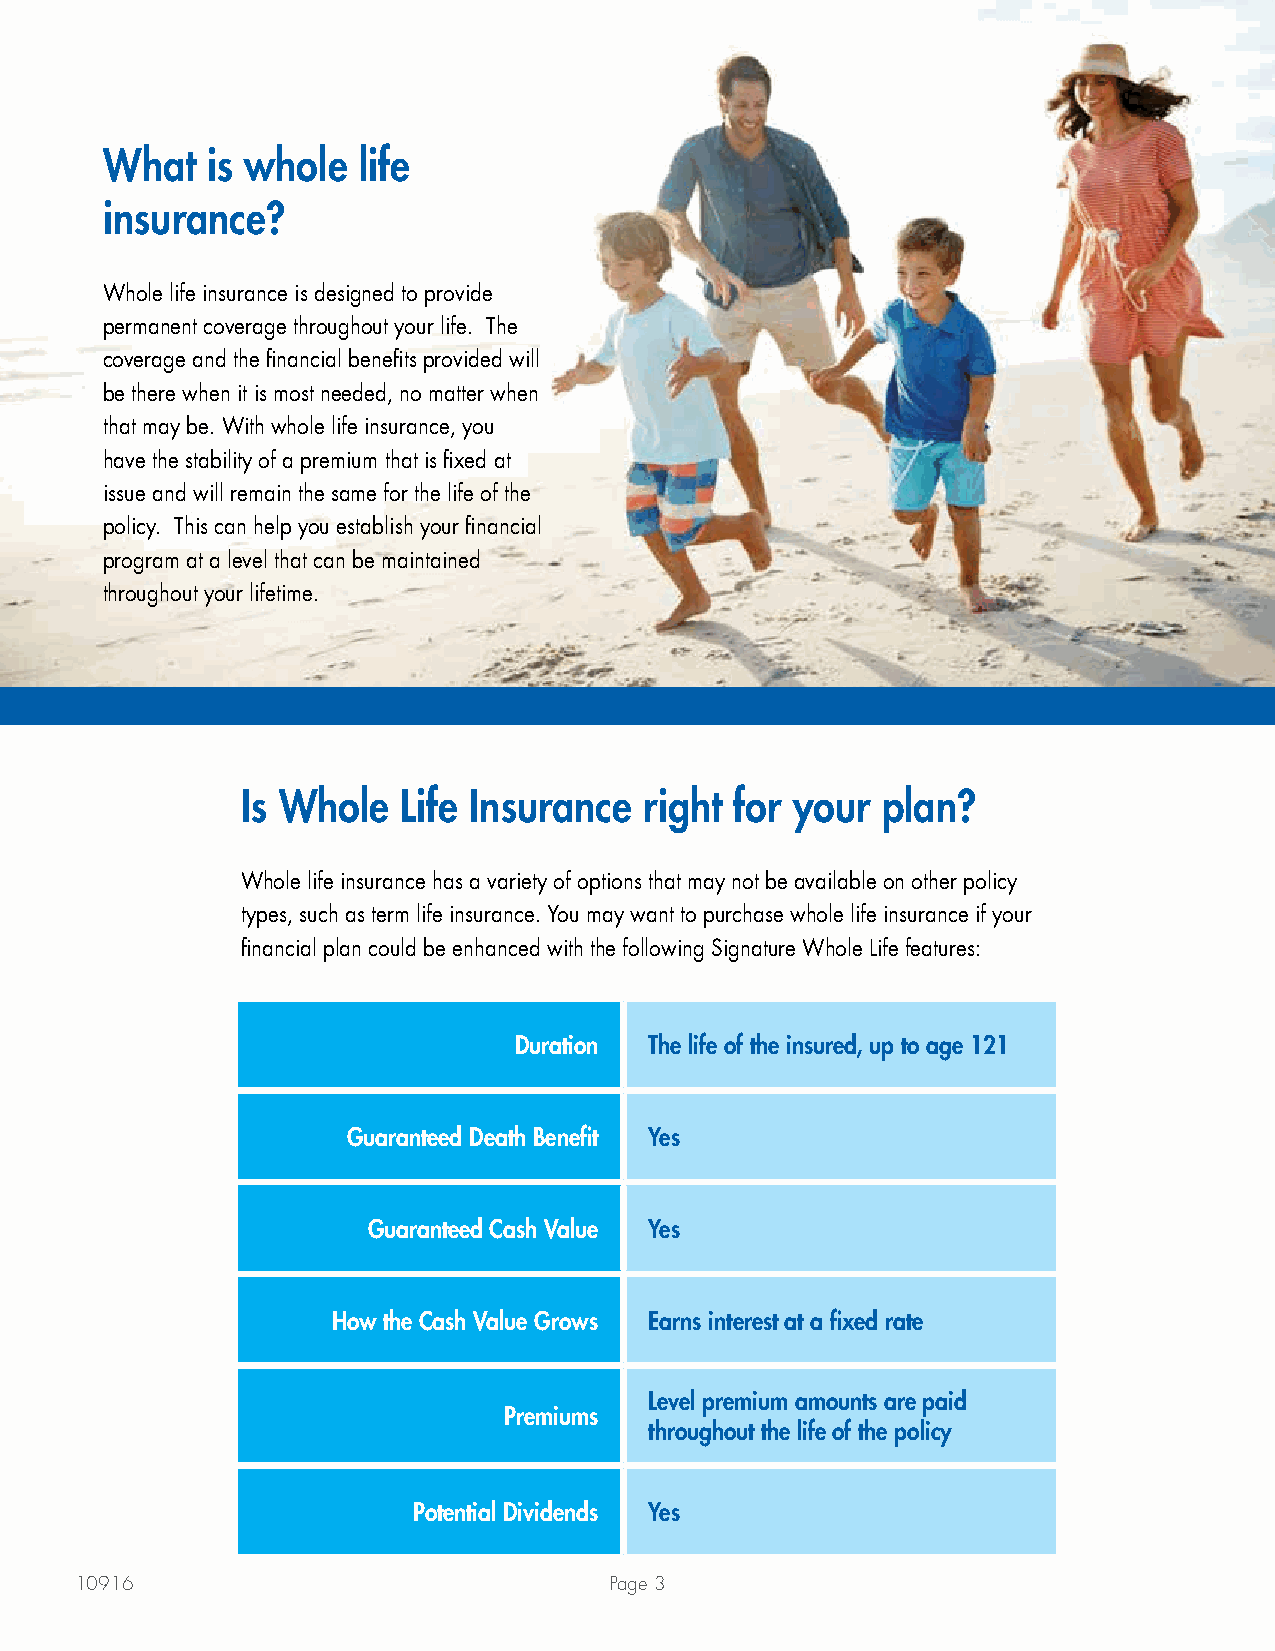
What   is whole  life
 insurance?
 Whole life insurance is designed to provide
 permanent coverage throughout your life. The
 coverage and the financial benefits provided will
 be there when it is most needed, no matter when
 that may be. With whole life insurance, you
 have the stability of a premium that is fixed at
 issue and will remain the same for the life of the
 policy. This can help you establish your financial
 program at a level that can be maintained
 throughout your lifetime.
 Is Whole   Life Insurance  right for your plan?
 Whole life insurance has a variety of options that may not be available on other policy
 types, such as term life insurance. You may want to purchase whole life insurance if your
 financial plan could be enhanced with the following Signature Whole Life features:
 Duration The life of the insured, up to age 121
 Guaranteed Death Benefit Yes
 Guaranteed Cash Value Yes
 How the Cash Value Grows Earns interest at a fixed rate
 Level premium amounts are paid
 Premiums
 throughout the life of the policy
 Potential Dividends Yes
 10916                              Page 3